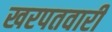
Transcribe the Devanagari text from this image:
खरपतवारी